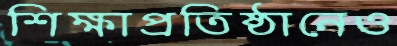
শিক্ষাপ্রতিষ্ঠানেও